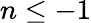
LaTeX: n\le-1